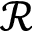
\mathcal { R }